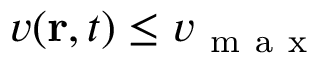
v ( \mathbf { r } , t ) \leq v _ { \mathrm { ~ m ~ a ~ x ~ } }